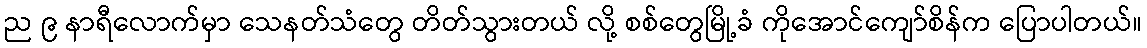
ည ၉ နာရီလောက်မှာ သေနတ်သံတွေ တိတ်သွားတယ် လို့ စစ်တွေမြို့ခံ ကိုအောင်ကျော်စိန်က ပြောပါတယ်။